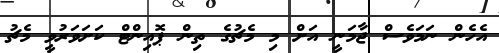
އެހެން ނަމަވެސް ޖާމަނީ އަށް މި މެޗުގެ ތިން ޕޮއިންޓް ކަށަވަރުވީ މެޗު